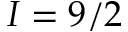
I = 9 / 2